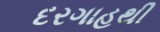
દરગાહથી